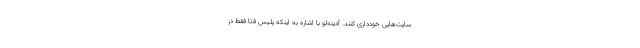
سایت‌هایی خودداری کنند. آدینه‌لو با اشاره به اینکه پلیس فتا فقط در